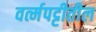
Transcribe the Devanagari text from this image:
वर्त्मपट्टीतील